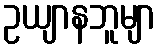
ဥယျာနဘူမျာ